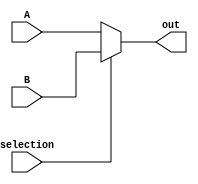
module mux (A, B, selection, out);
    input [31:0] A, B;
    input selection;
    output [31:0] out;

    assign out = (selection == 1) ? B : A;
endmodule